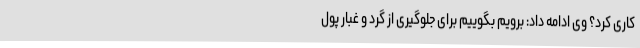
کاری کرد؟ وی ادامه داد: برویم بگوییم برای جلوگیری از گرد و غبار پول